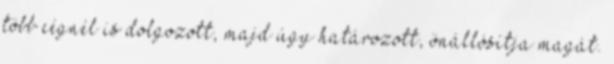
több cégnél is dolgozott, majd úgy határozott, önállósítja magát.